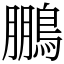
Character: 鵬